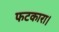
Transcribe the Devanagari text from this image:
फटकारा।